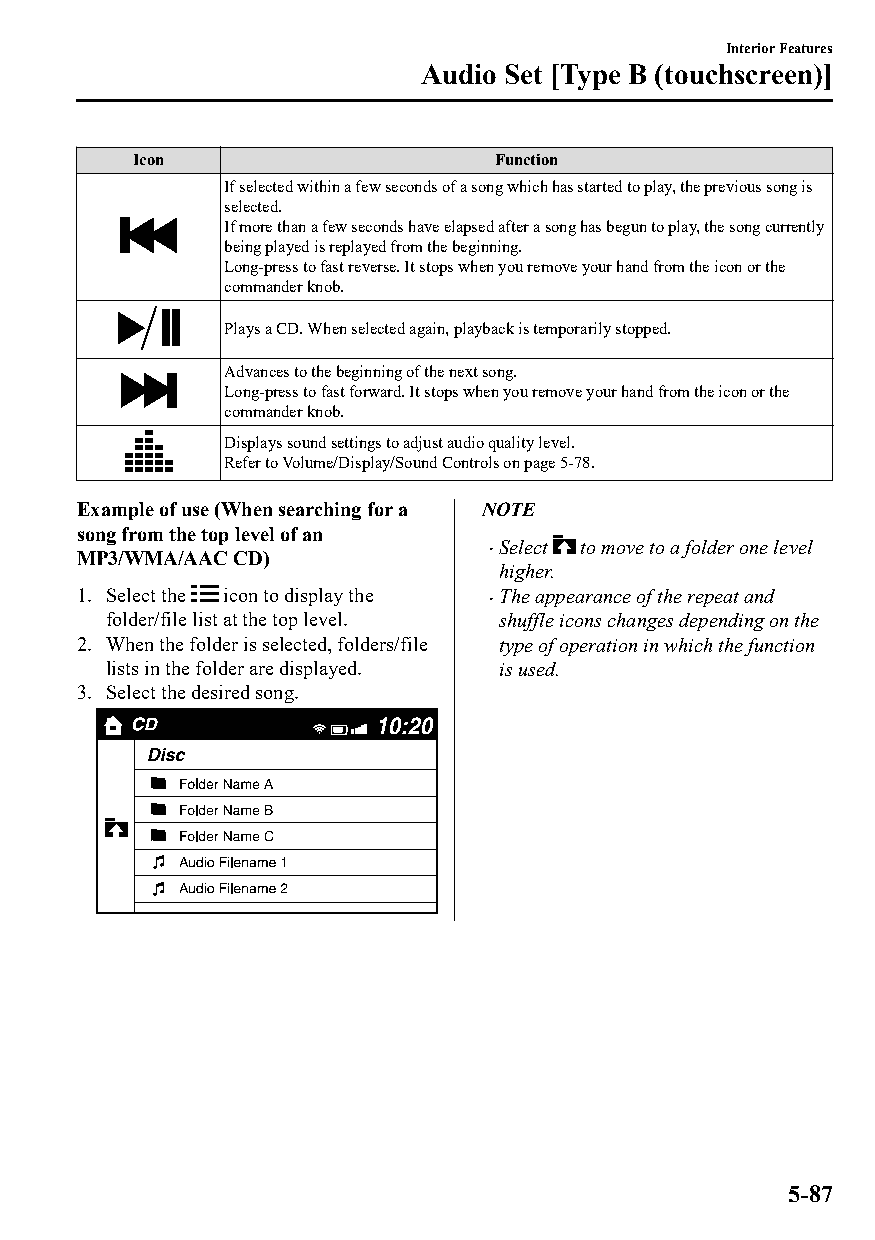
Interior Features
 Audio Set [Type B (touchscreen)]
 Icon                   Function
 If selected within a few seconds of a song which has started to play, the previous song is
 selected.
 If more than a few seconds have elapsed after a song has begun to play, the song currently
 being played is replayed from the beginning.
 Long-press to fast reverse. It stops when you remove your hand from the icon or the
 commander knob.
 Plays a CD. When selected again, playback is temporarily stopped.
 Advances to the beginning of the next song.
 Long-press to fast forward. It stops when you remove your hand from the icon or the
 commander knob.
 Displays sound settings to adjust audio quality level.
 Refer to Volume/Display/Sound Controls on page 5-78.
 Example of use (When searching for a NOTE
 song from the top level of an
 Select to move to a folder one level
 MP3/WMA/AAC CD)            
 higher.
 1. Select the icon to display the The appearance of the repeat and
 
 folder/file list at the top level. shuffle icons changes depending on the
 2. When the folder is selected, folders/file type of operation in which the function
 lists in the folder are displayed. is used.
 3. Select the desired song.
 5-87
 CX-3_8GT4-EE-18D_Edition4                  2018-9-6 18:32:19